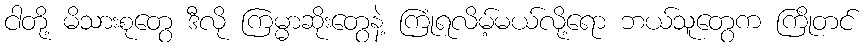
ငါတို့ မိသားစုတွေ ဒီလို ကြမ္မာဆိုးတွေနဲ့ ကြုံရလိမ့်မယ်လို့ရော ဘယ်သူတွေက ကြိုတင်